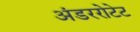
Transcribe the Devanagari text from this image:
अंडररोटेट